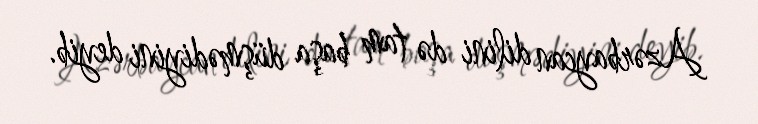
Azərbaycan dilini də tam başa düşmədiyini deyib.